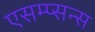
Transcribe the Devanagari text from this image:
एसम्प्सन्स